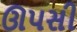
ઊપસી